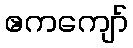
ဧကကျော်